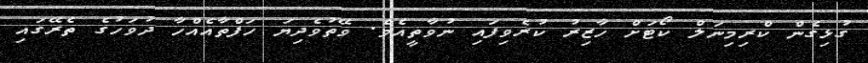
ގުޅިގެން ކްރިމިނަލް ކޯޓަށް ހާޒިރު ކުރެވިފައި ނުވާތީއެވެ. ވޭތުވެދިޔަ ހަފްތާއެއްހާ ދުވަހުގެ ތެރޭގައި